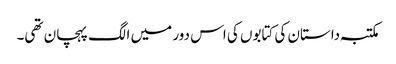
مکتبہ داستان کی کتابوں کی اس دور میں الگ پہچان تھی۔